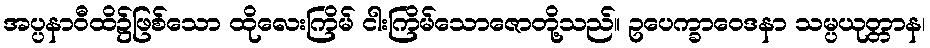
အပ္ပနာဝီထိ၌ဖြစ်သော ထိုလေးကြိမ် ငါးကြိမ်သောဇောတို့သည်။ ဥပေက္ခာဝေဒနာ သမ္ပယုတ္တာန၊